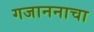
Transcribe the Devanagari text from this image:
गजाननाचा